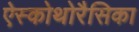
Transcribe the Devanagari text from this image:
ऐस्कोथोरैसिका